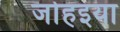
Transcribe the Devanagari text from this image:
जोहइया